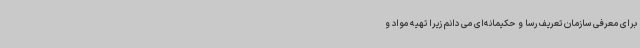
برای معرفی سازمان تعریف رسا و حکیمانه‌ای می دانم زیرا تهیه مواد و